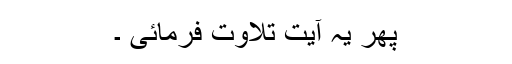
پھر یہ آیت تلاوت فرمائی ۔